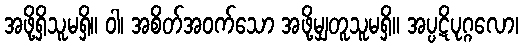
အဖို့ရှိသူမရှိ။ ဝါ၊ အစိတ်အဝက်သော အဖို့မျှတူသူမရှိ။ အပ္ပဋိပုဂ္ဂလော၊